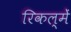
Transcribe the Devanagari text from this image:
रिकल्‍में